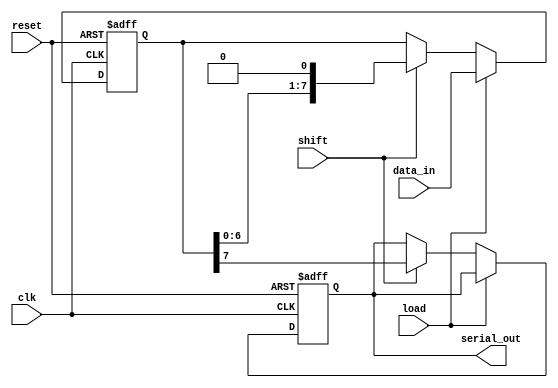
module PISO_Register #(
    parameter WIDTH = 8  // Width of the data input
)(
    input wire clk,      // Clock signal
    input wire reset,    // Reset signal
    input wire load,     // Load signal
    input wire shift,    // Shift signal
    input wire [WIDTH-1:0] data_in, // Parallel input
    output reg serial_out // Serial output
);

    // Internal register to hold the data
    reg [WIDTH-1:0] shift_reg;

    always @(posedge clk or posedge reset) begin
        if (reset) begin
            // Clear the shift register on reset
            shift_reg <= {WIDTH{1'b0}};
            serial_out <= 1'b0;
        end else if (load) begin
            // Load data from parallel input
            shift_reg <= data_in;
        end else if (shift) begin
            // Shift data out serially
            serial_out <= shift_reg[WIDTH-1]; // Output MSB
            shift_reg <= {shift_reg[WIDTH-2:0], 1'b0}; // Shift right
        end
    end

endmodule